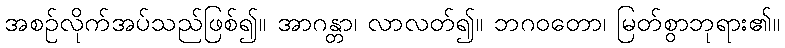
အစဉ်လိုက်အပ်သည်ဖြစ်၍။ အာဂန္တာ၊ လာလတ်၍။ ဘဂဝတော၊ မြတ်စွာဘုရား၏။